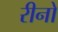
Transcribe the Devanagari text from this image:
रीनो